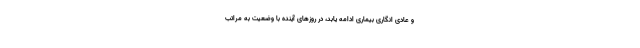
و عادی انگاری بیماری ادامه یابد، در روزهای آینده با وضعیت به مراتب